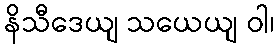
နိသီဒေယျ သယေယျ ဝါ၊